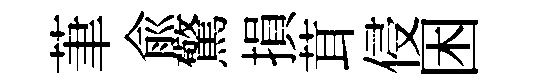
茟兪驚損茸侵困